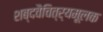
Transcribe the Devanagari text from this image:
शब्दवैचित्र्यमूलक